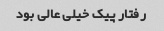
رفتار پیک خیلی عالی بود